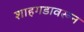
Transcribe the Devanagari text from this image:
शाहगडावरून